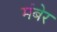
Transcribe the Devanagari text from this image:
मंबेर